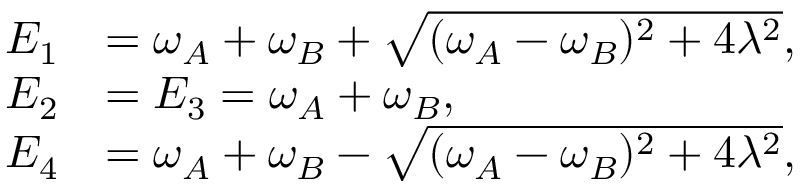
\begin{array} { r l } { E _ { 1 } } & { = \omega _ { A } + \omega _ { B } + \sqrt { ( \omega _ { A } - \omega _ { B } ) ^ { 2 } + 4 \lambda ^ { 2 } } , } \\ { E _ { 2 } } & { = E _ { 3 } = \omega _ { A } + \omega _ { B } , } \\ { E _ { 4 } } & { = \omega _ { A } + \omega _ { B } - \sqrt { ( \omega _ { A } - \omega _ { B } ) ^ { 2 } + 4 \lambda ^ { 2 } } , } \end{array}